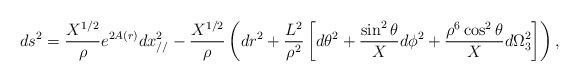
LaTeX: \begin{align*}ds^2=\frac{X^{1/2}}{\rho}e^{2A(r)} dx_{//}^2 - \frac{X^{1/2}}{\rho}\left(dr^2+\frac{L^2}{\rho^2}\left[d\theta^2+\frac{\sin^2\theta}{X}d\phi^2+\frac{\rho^6\cos^2\theta}{X}d\Omega^2_3\right] \right),\end{align*}